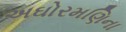
અઘોરમણિના